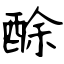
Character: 酴